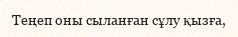
Теңеп оны сыланған сұлу қызға,